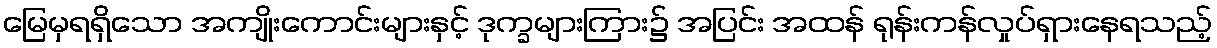
မြေမှရရှိသော အကျိုးကောင်းများနှင့် ဒုက္ခများကြား၌ အပြင်း အထန် ရုန်းကန်လှုပ်ရှားနေရသည့်